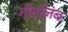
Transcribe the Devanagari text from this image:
गौटलिब